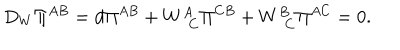
LaTeX: D _ { W } \Pi ^ { A B } = d \Pi ^ { A B } + W _ { \, \; C } ^ { A } \Pi ^ { C B } + W _ { \, \; C } ^ { B } \Pi ^ { A C } = 0 .